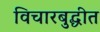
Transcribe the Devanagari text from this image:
विचारबुद्धीत